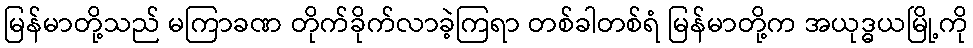
မြန်မာတို့သည် မကြာခဏ တိုက်ခိုက်လာခဲ့ကြရာ တစ်ခါတစ်ရံ မြန်မာတို့က အယုဒ္ဓယမြို့ကို